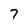
Character: 7